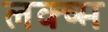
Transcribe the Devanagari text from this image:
लक्ष्म